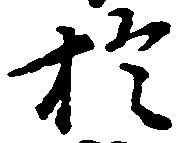
於